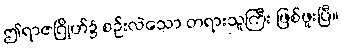
ဤရာဇဂြိုဟ်၌ စဉ်းလဲသော တရားသူကြီး ဖြစ်ဖူးပြီ။